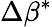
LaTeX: \Delta\beta^{*}